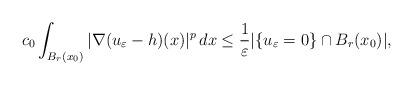
LaTeX: \begin{align*} c_0\int_{B_r(x_0)}|\nabla(u_\varepsilon-h)(x)|^p\,dx\leq\frac{1}{\varepsilon}|\{u_\varepsilon=0\}\cap B_r(x_0)|, \end{align*}